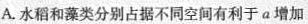
A.水稻和藻类分别占据不同空间有利于a增加